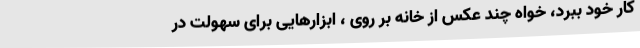
کار خود ببرد، خواه چند عکس از خانه بر روی ، ابزارهایی برای سهولت در